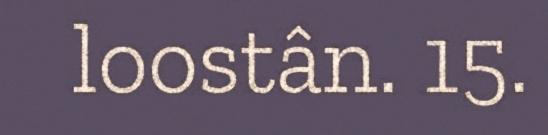
loostân. 15.